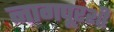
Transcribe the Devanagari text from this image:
नागपूरशी